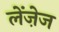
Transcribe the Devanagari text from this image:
लेंज़ेज